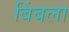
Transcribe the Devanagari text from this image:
बिंबला